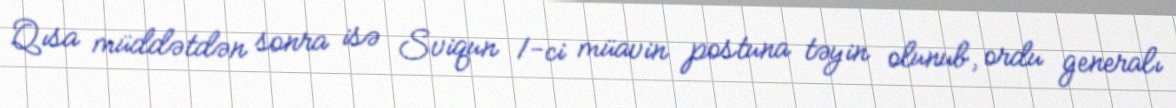
Qısa müddətdən sonra isə Sviqun 1-ci müavin postuna təyin olunub, ordu generalı